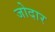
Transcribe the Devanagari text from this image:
जोदार